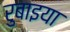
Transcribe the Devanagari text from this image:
रुबाइया